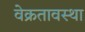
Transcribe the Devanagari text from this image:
वेक्रतावस्था